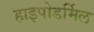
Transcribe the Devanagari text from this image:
हाइपोडर्मिल